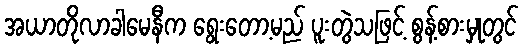
အယာတိုလာခါမေနီက ရွေးတော့မည် ပူးတွဲသဖြင့် စွန့်စားမှုတွင်